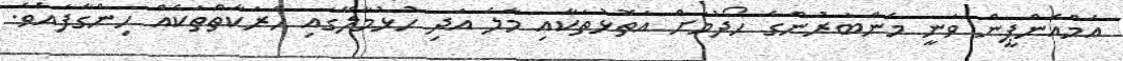
އެމްއެންޕީން ވަނީ މެންބަރުންގެ ހޯދުމަށް އަތޮޅުތަކާއި މާލެ އަދި ހުޅުމާލޭގައި ހަރަކާތްތަކެއް ހިންގާފައެވެ.